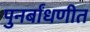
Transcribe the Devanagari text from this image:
पुनर्बांधणीत